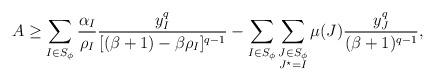
LaTeX: \begin{align*} A\geq\sum_{I\in S_\phi}\frac{\alpha_I}{\rho_I}\frac{y_I^q}{[(\beta+1)-\beta\rho_I]^{q-1}} -\sum_{I\in S_\phi}\sum_{\substack{J\in S_\phi\\ J^\star=I}} \mu(J)\frac{y_J^q}{(\beta+1)^{q-1}},\end{align*}